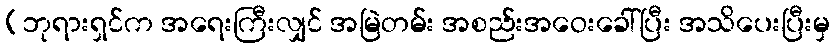
(ဘုရားရှင်က အရေးကြီးလျှင် အမြဲတမ်း အစည်းအဝေးခေါ်ပြီး အသိပေးပြီးမှ